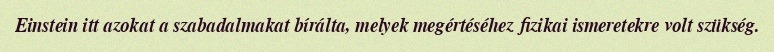
Einstein itt azokat a szabadalmakat bírálta, melyek megértéséhez fizikai ismeretekre volt szükség.